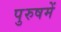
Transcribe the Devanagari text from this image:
पुरुषमें